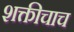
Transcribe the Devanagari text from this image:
शक्तीचाच